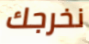
نخرجك